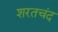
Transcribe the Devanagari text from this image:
शरतचंद